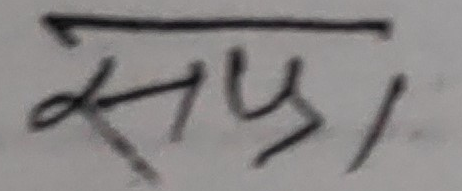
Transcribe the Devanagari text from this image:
सफ्रा